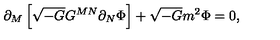
\partial _ { M } \left[ \sqrt { - G } G ^ { M N } \partial _ { N } \Phi \right] + \sqrt { - G } m ^ { 2 } \Phi = 0 ,